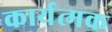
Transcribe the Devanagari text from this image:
कार्यत्मक